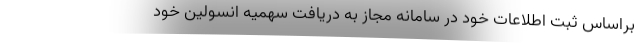
براساس ثبت اطلاعات خود در سامانه مجاز به دریافت سهمیه انسولین خود